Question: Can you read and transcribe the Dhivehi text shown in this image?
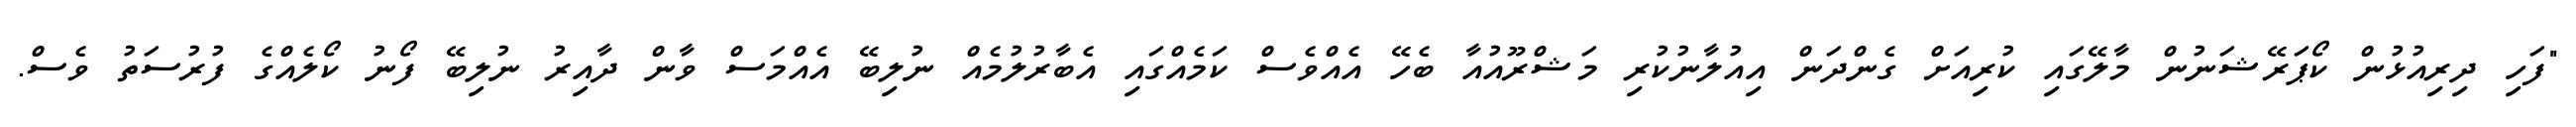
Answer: "ފަހި ދިރިއުޅުން ކޯޕަރޭޝަނުން މާލޭގައި ކުރިއަށް ގެންދަން އިއުލާނުކުރި މަޝްރޫއުއާ ބެހޭ އެއްވެސް ކަމެއްގައި އެބާރުލުމެއް ނުލިބޭ އެއްމަސް ވާން ދާއިރު ނުލިބޭ ފޯނު ކޯލެއްގެ ފުރުސަތު ވެސް.